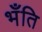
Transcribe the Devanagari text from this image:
भँति